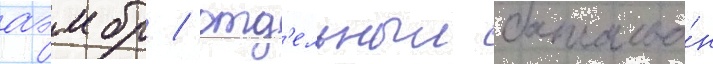
аэмбр / отд'ельныи батальо́н